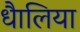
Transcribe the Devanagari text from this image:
धैालिया